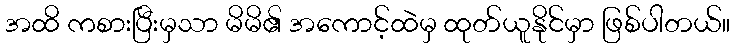
အထိ ကစားပြီးမှသာ မိမိ၏ အကောင့်ထဲမှ ထုတ်ယူနိုင်မှာ ဖြစ်ပါတယ်။